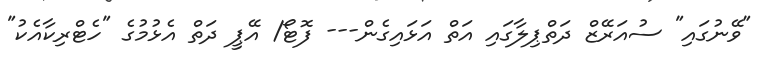
"ވޭނުގައި" ސުއަރޭޒް ދަތްޕިލާގައި އަތް އަޅައިގެން--- ފޮޓޯ/ އޭޕީ ދަތް އެޅުމުގެ "ހެޓްރިކާއެކު"